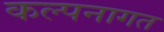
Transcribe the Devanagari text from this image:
कल्पनागत